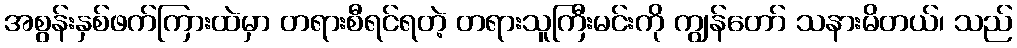
အစွန်းနှစ်ဖက်ကြားထဲမှာ တရားစီရင်ရတဲ့ တရားသူကြီးမင်းကို ကျွန်တော် သနားမိတယ်၊ သည်